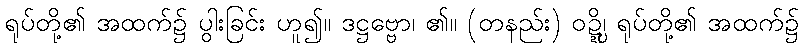
ရုပ်တို့၏ အထက်၌ ပွါးခြင်း ဟူ၍။ ဒဋ္ဌဗ္ဗော၊ ၏။ (တနည်း) ဝဍ္ဍ္ဎိ၊ ရုပ်တို့၏ အထက်၌